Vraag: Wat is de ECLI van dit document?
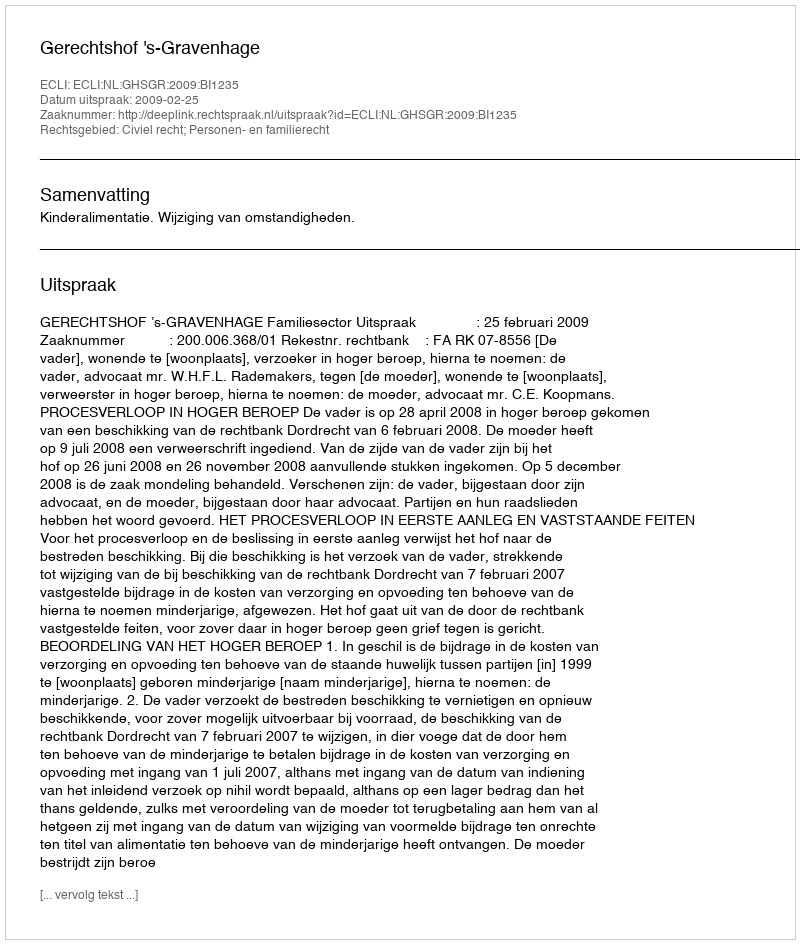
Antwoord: ECLI:NL:GHSGR:2009:BI1235